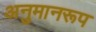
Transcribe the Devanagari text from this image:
अनुमानरूप